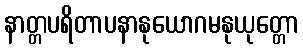
နာတ္တပရိတာပနာနုယောဂမနုယုတ္တော